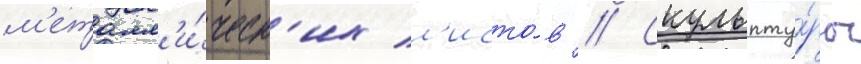
м'еталл'и́ческ'их л'исто́в // Скульпту́ры